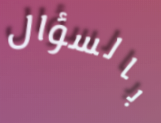
بالسؤال